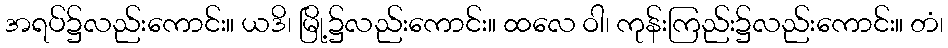
အရပ်၌လည်းကောင်း။ ယဒိ၊ မြို့၌လည်းကောင်း။ ထလေ ဝါ၊ ကုန်းကြည်း၌လည်းကောင်း။ တံ၊